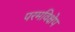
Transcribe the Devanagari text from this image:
परमविक्षेप